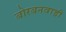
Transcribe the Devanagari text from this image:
बोरबनवाडी